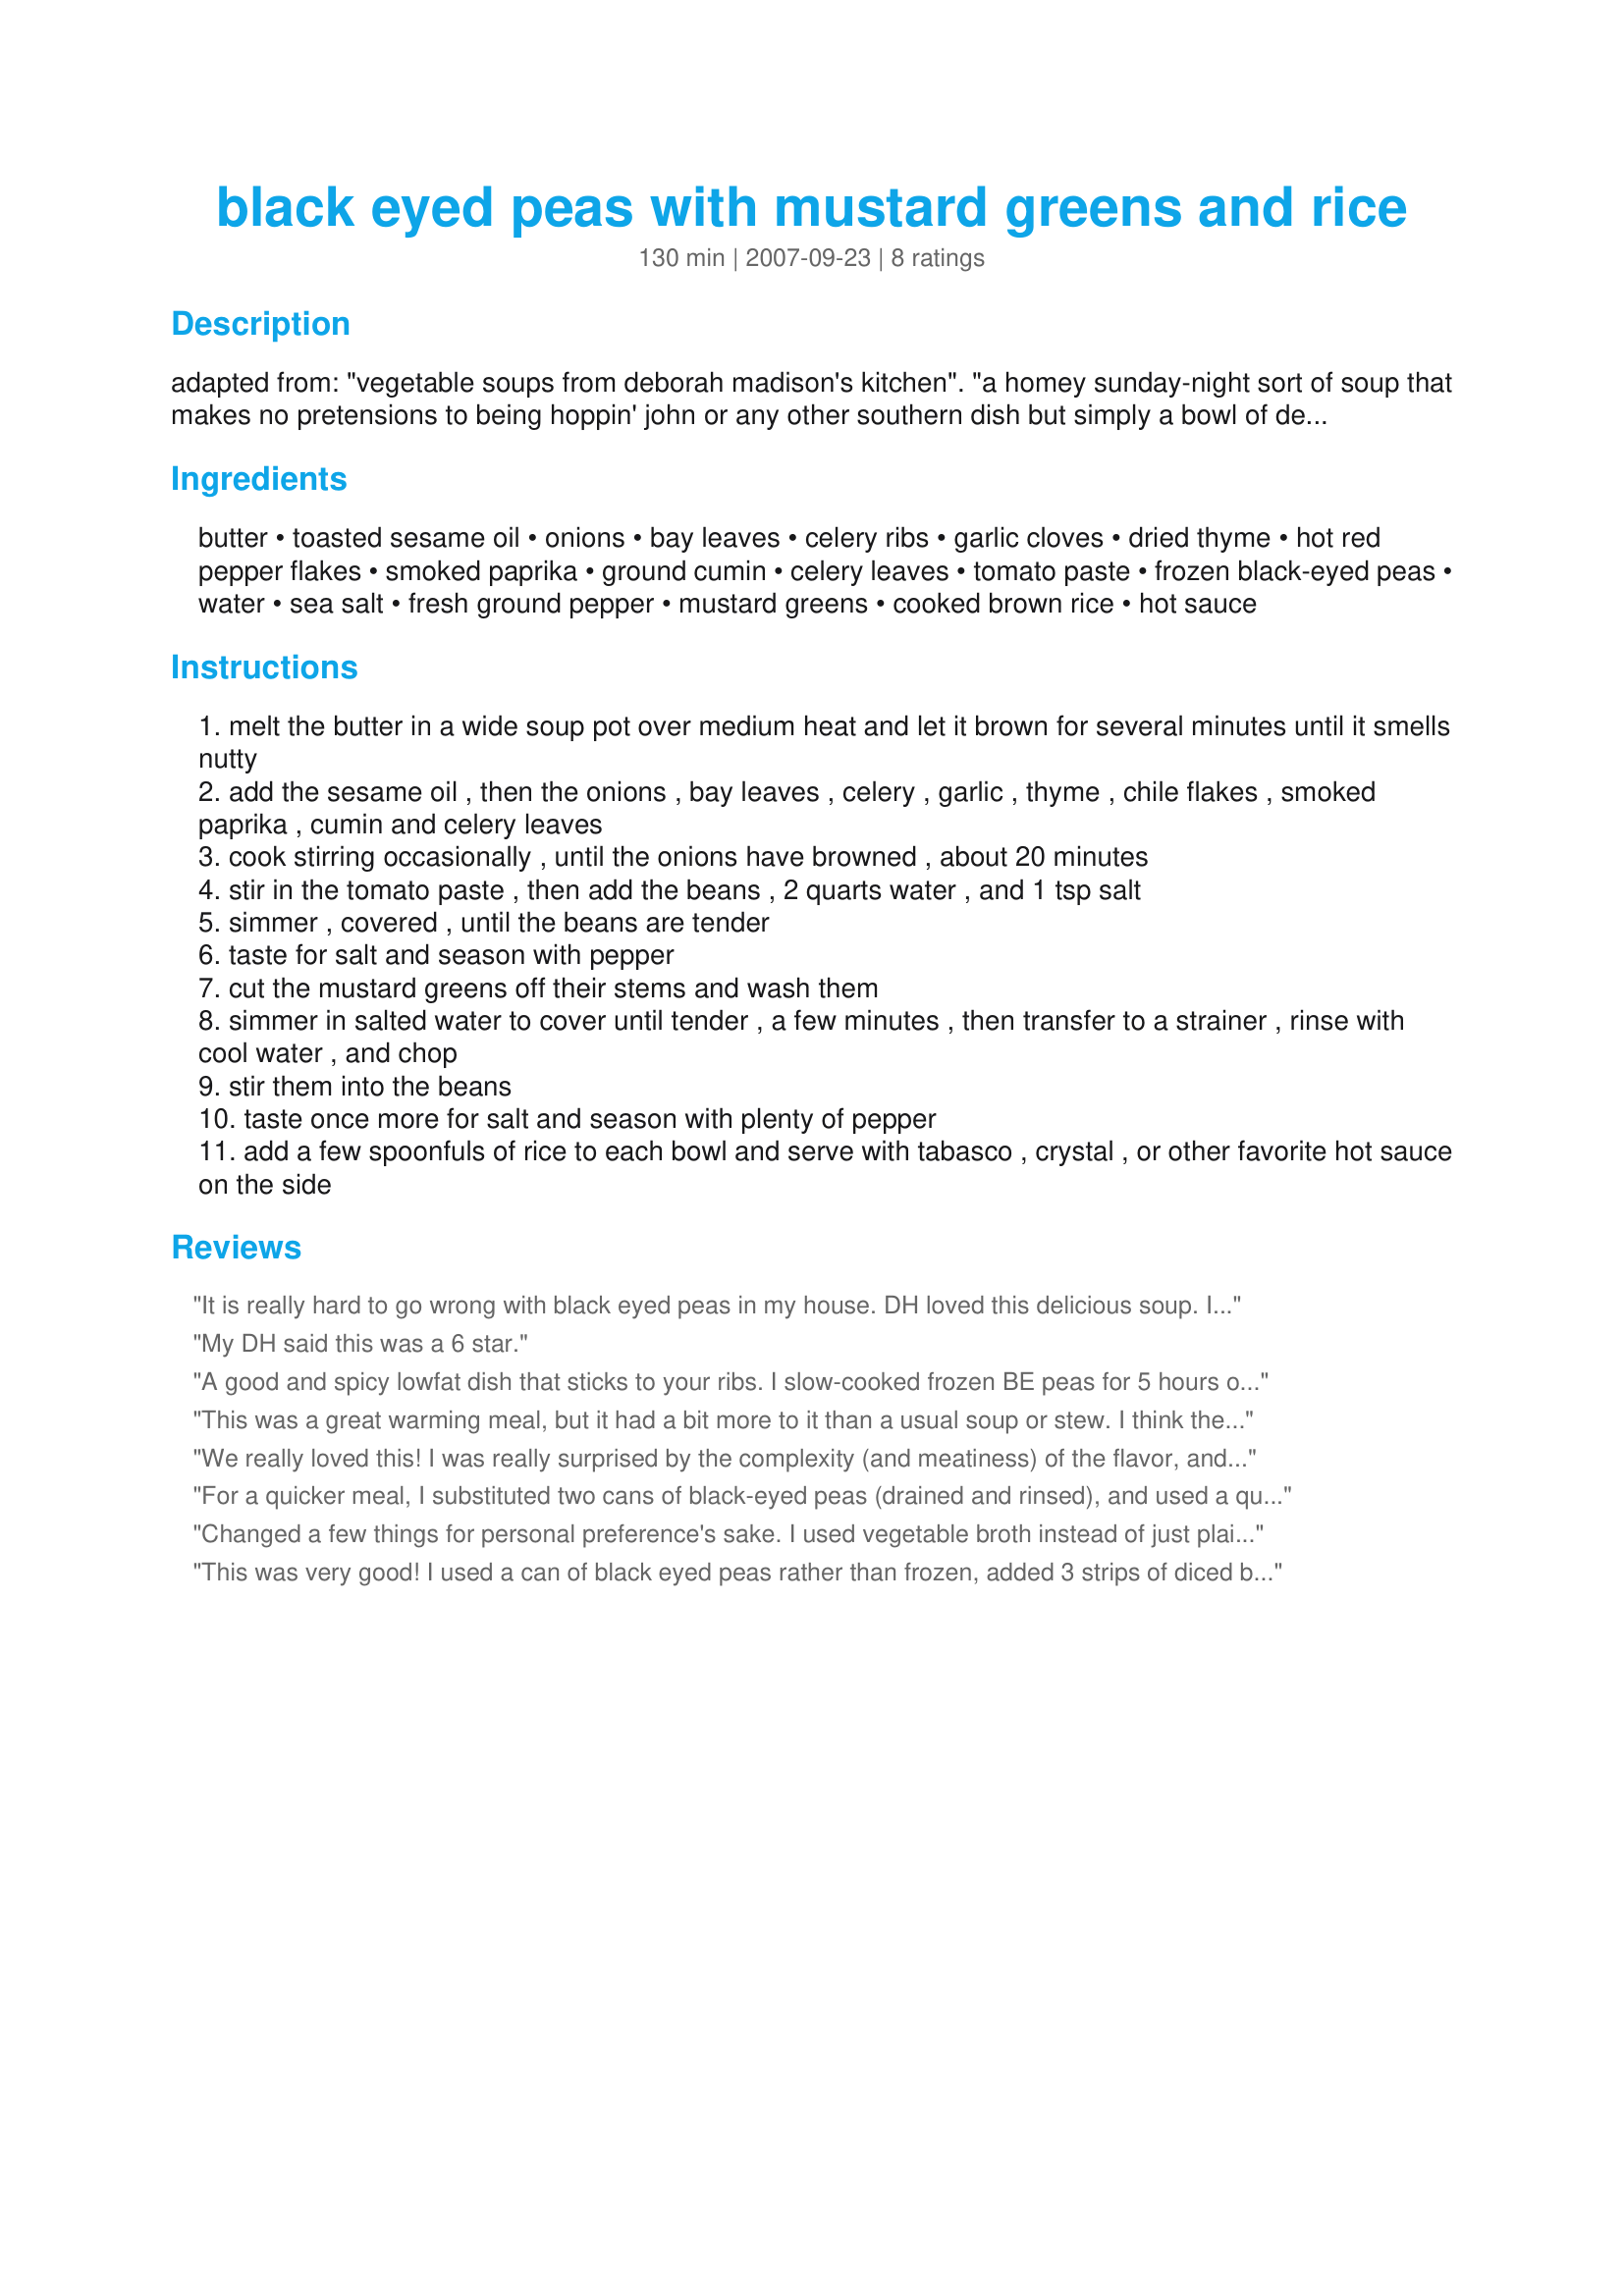
black eyed peas with mustard greens and rice
Preparation time: 130 minutes

adapted from: "vegetable soups from deborah madison's kitchen". "a homey sunday-night sort of soup that makes no pretensions to being hoppin' john or any other southern dish but simply a bowl of delicious nourishment. i've found that frozen black-eyed peas take as long to cook as dried ones that have been soaked--a good hour and a half. brown butter mixed with roasted sesame oil has a vaguely meaty flavor, which isn't detectable as either butter or sesame." "smoked spanish paprika stands in for the smoky flavor of bacon or ham."

Ingredients:
butter, toasted sesame oil, onions, bay leaves, celery ribs, garlic cloves, dried thyme, hot red pepper flakes, smoked paprika, ground cumin, celery leaves, tomato paste, frozen black-eyed peas, water, sea salt, fresh ground pepper, mustard greens, cooked brown rice, hot sauce

Steps:
melt the butter in a wide soup pot over medium heat and let it brown for several minutes until it smells nutty
add the sesame oil , then the onions , bay leaves , celery , garlic , thyme , chile flakes , smoked paprika , cumin and celery leaves
cook stirring occasionally , until the onions have browned , about 20 minutes
stir in the tomato paste , then add the beans , 2 quarts water , and 1 tsp salt
simmer , covered , until the beans are tender
taste for salt and season with pepper
cut the mustard greens off their stems and wash them
simmer in salted water to cover until tender , a few minutes , then transfer to a strainer , rinse with cool water , and chop
stir them into the beans
taste once more for salt and season with plenty of pepper
add a few spoonfuls of rice to each bowl and serve with tabasco , crystal , or other favorite hot sauce on the side

Reviews:
It is really hard to go wrong with black eyed peas in my house. DH loved this delicious soup. I used canned peas to make this a quick to fix dinner. I tossed the mustard greens into the soup and allowed to cook until tender. This was served over brown rice, about 1/2 cup per serving. I will be freezing leftovers for a later date.
My DH said this was a 6 star.
A good and spicy lowfat dish that sticks to your ribs. I slow-cooked frozen BE peas for 5 hours or so then added canned/drained turnip greens (personal taste)to cook for another hour or so. I didn't measure the hot pepper flakes but probaly used a tsp. or more. Lots of flavor and easy to make. Thanks for posting your recipe.
This was a great warming meal, but it had a bit more to it than a usual soup or stew. I think the sesame oil with things like cumin and garlic is the thing. I did a few things differently: omitted the butter, used [gasp!] canned peas, and used kale rather than mustard greens because that's what was available at the store. I also just served this with a multigrain baguette rather than over rice. It's a tasty and healthy meal that works well as a make-ahead...put the cooled pot in the fridge and just re-simmer when you're ready to enjoy it. The 'sturdy' greens can take all that punishment and still stay green!
We really loved this! I was really surprised by the complexity (and meatiness) of the flavor, and never would have thought that smoked paprika, butter, and sesame oil would have produced that result. I used pinto beans (all I had on-hand) instead of black-eyed peas, but otherwise followed the recipe as written. I will definitely make this again, once our farmer's market starts back up and I can get some mustard greens. Thanks so much for sharing this!!
For a quicker meal, I substituted two cans of black-eyed peas (drained and rinsed), and used a quart-sized box of vegetable broth instead of two quarts of water (these changes also meant I needed to decrease the quantity of salt called for in the recipe). I used all the other ingredients and quantities as listed. This was delicious and SO good with brown rice! The leftovers were even better-- I'll definitely be making it again!
Changed a few things for personal preference's sake. I used vegetable broth instead of just plain water to give it a little more flavor, and cut back to just one onion. I also used olive oil instead of sesame because it was what I had on hand, and canned peas, and turnip greens instead of mustard greens. Hearty, delicious on white rice. Will definitely make again.
This was very good! I used a can of black eyed peas rather than frozen, added 3 strips of diced bacon (put them in with the onions), and 2 cups of chicken broth instead of water. I mixed it in with the brown rice to make it more of a one-dish meal than a soup. It was delicious and I'm sure I'll make it the next time I have mustard greens!
